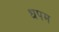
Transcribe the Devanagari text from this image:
धपम